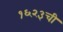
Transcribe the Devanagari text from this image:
१६२३ची